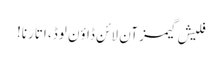
فلیش گیمز آن لائن ڈاؤن لوڈ، اتارنا!